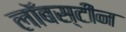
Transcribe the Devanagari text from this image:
लॉबस्टीन